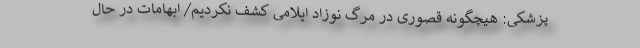
پزشکی: هیچگونه قصوری در مرگ نوزاد ایلامی کشف نکردیم/ ابهامات در حال